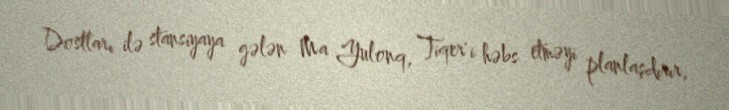
Dostları ilə stansiyaya gələn Ma Yulonq, Tiqer'i həbs etməyi planlaşdırır,